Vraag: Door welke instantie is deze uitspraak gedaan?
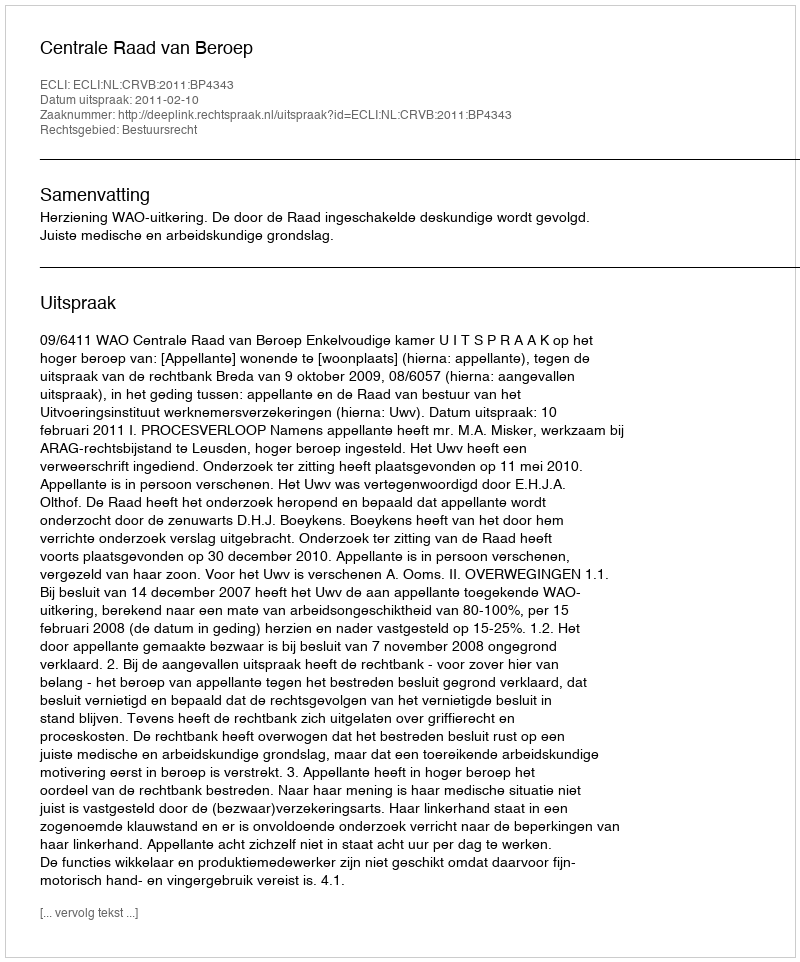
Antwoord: Centrale Raad van Beroep